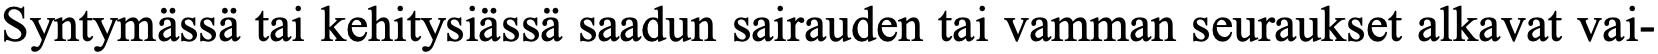
Syntymässä tai kehitysiässä saadun sairauden tai vamman seuraukset alkavat vai-